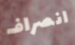
انصراف